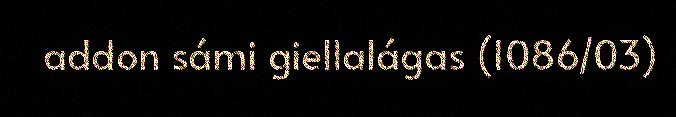
addon sámi giellalágas (1086/03)